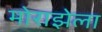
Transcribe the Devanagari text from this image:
मोराझेला